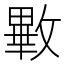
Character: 㪤